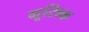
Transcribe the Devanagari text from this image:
मूसिक